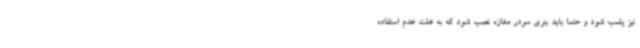
نیز پلمب شود و حتما باید بنری سردر مغازه نصب شود که به علت عدم استفاده